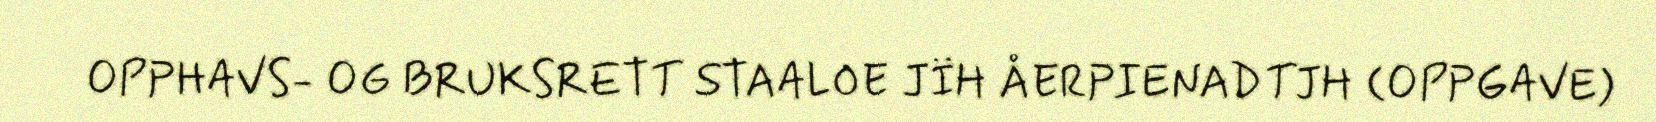
OPPHAVS- OG BRUKSRETT STAALOE JÏH ÅERPIENADTJH (OPPGAVE)